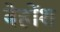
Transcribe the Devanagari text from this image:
बेहोंश